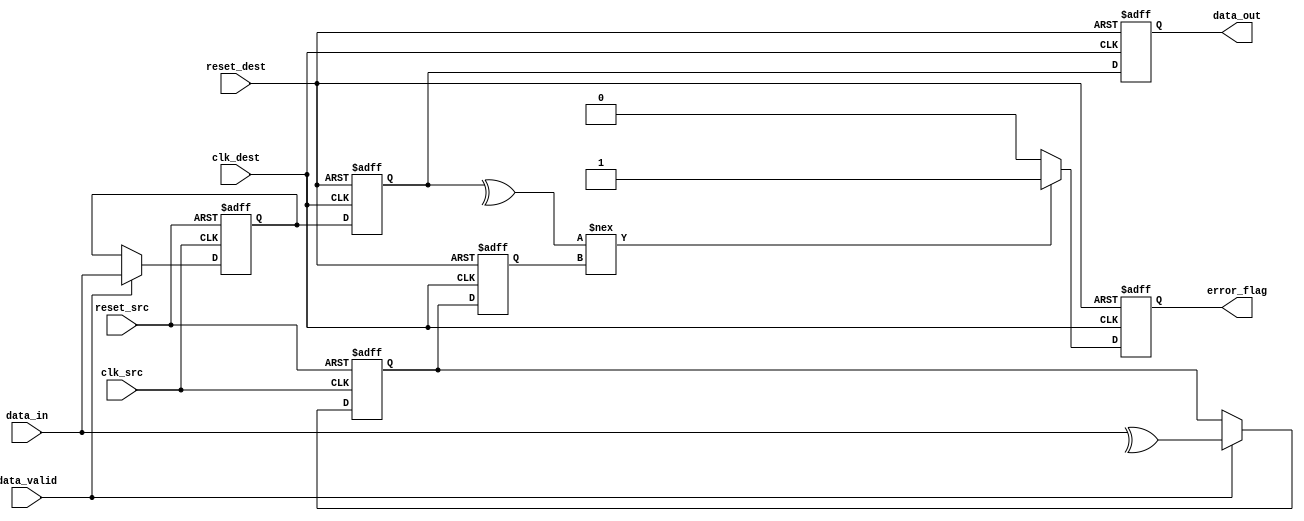
module cdc_memory_blocks (
    input wire clk_src,          // Source clock domain
    input wire clk_dest,         // Destination clock domain
    input wire reset_src,        // Asynchronous reset for source domain
    input wire reset_dest,       // Asynchronous reset for destination domain
    input wire [7:0] data_in,    // Data input from source domain
    input wire data_valid,        // Valid signal indicating data is ready
    output reg [7:0] data_out,    // Data output to destination domain
    output reg error_flag         // Error flag indicating parity error
);
    
    // Intermediate signals for synchronization
    reg [7:0] data_sync_1;
    reg [7:0] data_sync_2;
    reg parity_bit_sync_1;
    reg parity_bit_sync_2;

    // Parity generation
    wire parity_bit;
    assign parity_bit = ^data_in; // Even parity (0 for even, 1 for odd)

    // Source domain process
    always @(posedge clk_src or posedge reset_src) begin
        if (reset_src) begin
            // Reset logic
            data_sync_1 <= 8'b0;
            parity_bit_sync_1 <= 1'b0;
        end else if (data_valid) begin
            // On valid data, synchronize data and parity
            data_sync_1 <= data_in;
            parity_bit_sync_1 <= parity_bit;
        end
    end

    // Synchronization to destination domain
    always @(posedge clk_dest or posedge reset_dest) begin
        if (reset_dest) begin
            // Reset logic
            data_sync_2 <= 8'b0;
            parity_bit_sync_2 <= 1'b0;
            data_out <= 8'b0;
            error_flag <= 1'b0;
        end else begin
            // Synchronize the data
            data_sync_2 <= data_sync_1;
            parity_bit_sync_2 <= parity_bit_sync_1;

            // Check for parity errors
            if (^data_sync_2 !== parity_bit_sync_2) begin
                error_flag <= 1'b1; // Error detected
            end else begin
                error_flag <= 1'b0; // No error
            end
            
            // Output the synchronized data
            data_out <= data_sync_2;
        end
    end

endmodule